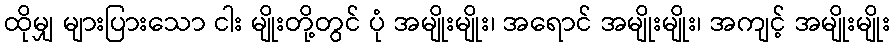
ထိုမျှ များပြားသော ငါး မျိုးတို့တွင် ပုံ အမျိုးမျိုး၊ အရောင် အမျိုးမျိုး၊ အကျင့် အမျိုးမျိုး